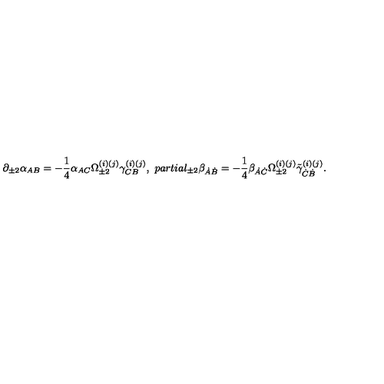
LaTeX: \partial _ { \pm 2 } \alpha _ { A B } = - \frac 1 4 \alpha _ { A C } \Omega _ { \pm 2 } ^ { ( i ) ( j ) } \gamma _ { C B } ^ { ( i ) ( j ) } , \ p a r t i a l _ { \pm 2 } \beta _ { \dot { A } \dot { B } } = - \frac 1 4 \beta _ { \dot { A } \dot { C } } \Omega _ { \pm 2 } ^ { ( i ) ( j ) } \tilde { \gamma } _ { \dot { C } \dot { B } } ^ { ( i ) ( j ) } .